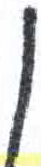
אות: ן